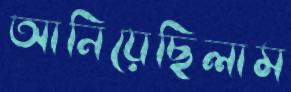
আনিয়েছিলাম